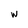
Character: w